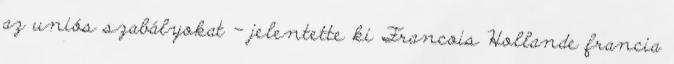
az uniós szabályokat - jelentette ki Francois Hollande francia